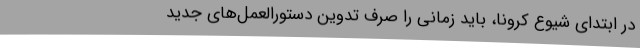
در ابتدای شیوع کرونا، باید زمانی را صرف تدوین دستورالعمل‌های جدید